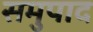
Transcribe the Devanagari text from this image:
समुपाद